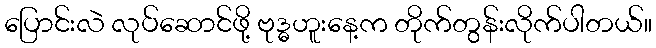
ပြောင်းလဲ လုပ်ဆောင်ဖို့ ဗုဒ္ဓဟူးနေ့က တိုက်တွန်းလိုက်ပါတယ်။